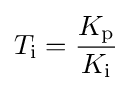
T_{\text{i}}={K_{\text{p}} \over K_{\text{i}}}